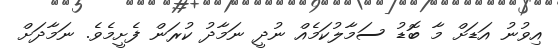
އިވުނު އަޑަށް މާ ބޮޑު ސަމާލުކަމެއް ނުދީ ނަމާދު ކުރަން ފެށީމެވެ. ނަމާދަށް